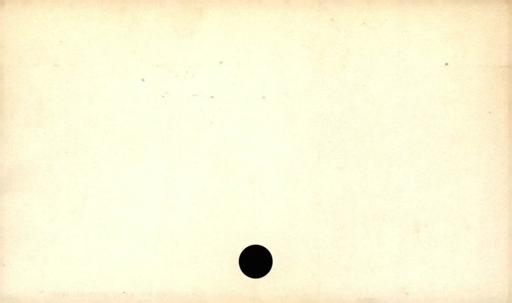
Label: blank